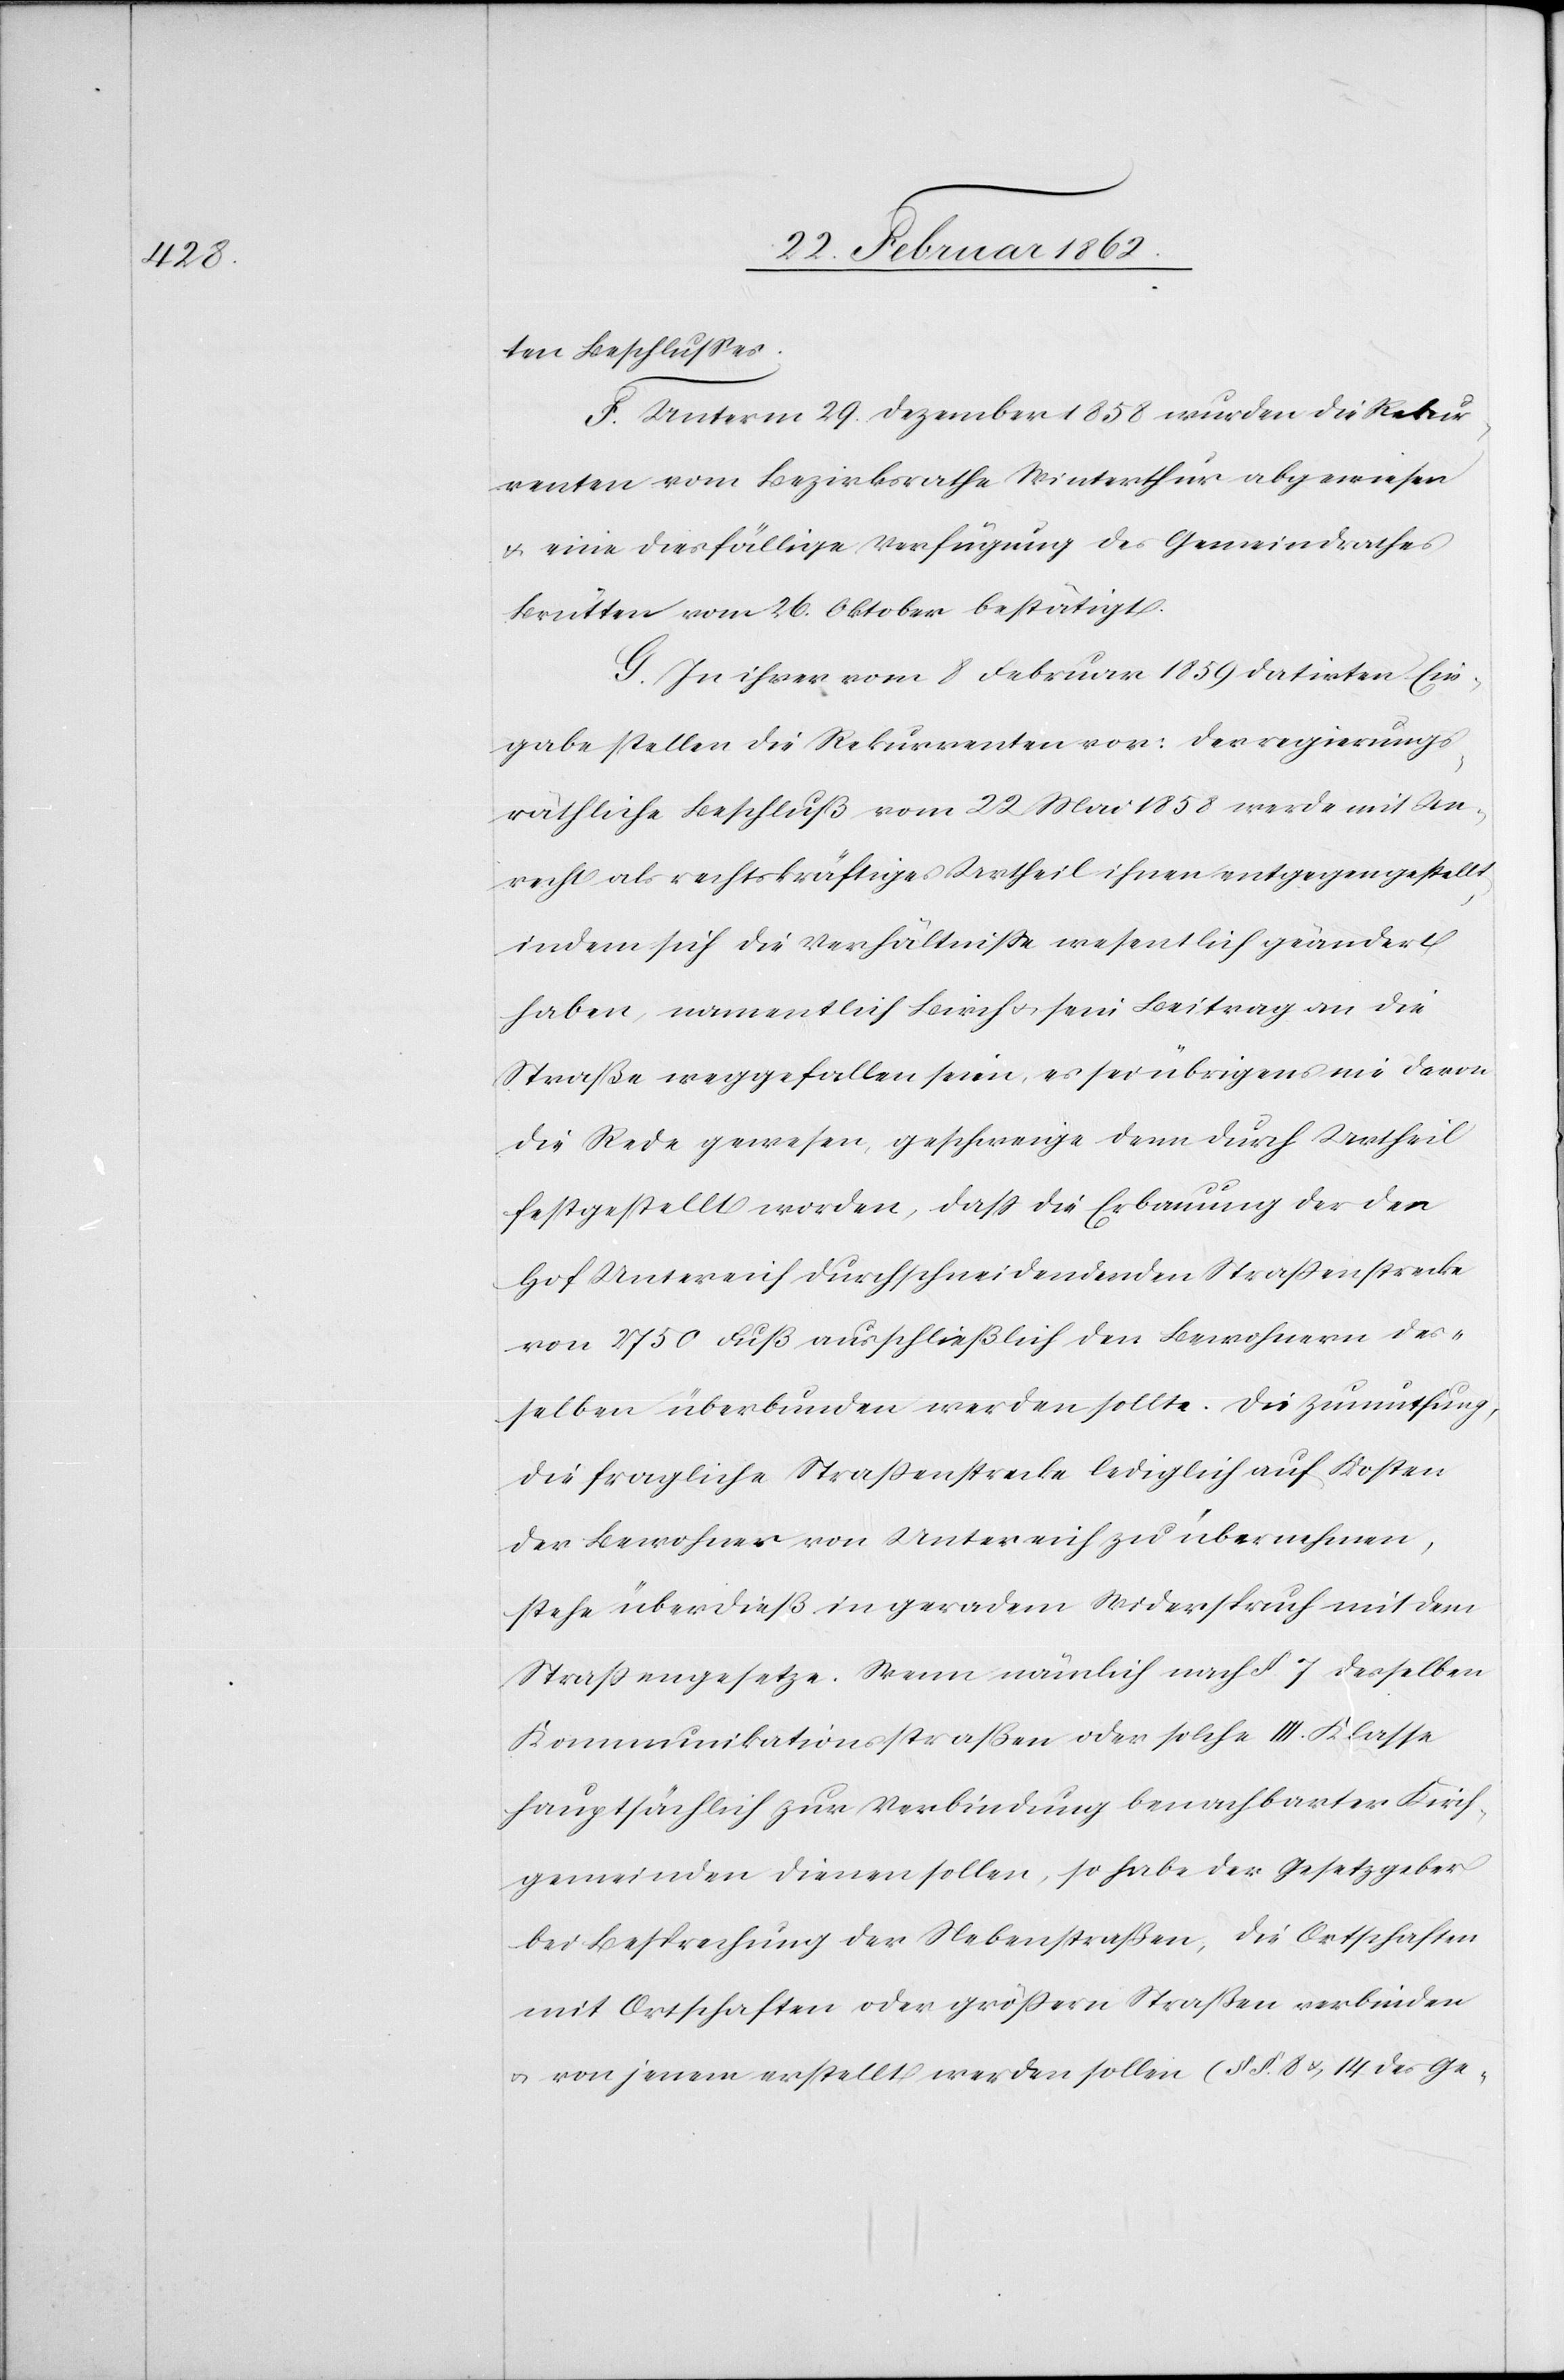
ten Beschlusses.
F. Unterm 29. Dezember 1858 wurden die Rekur¬
renten vom Bezirksrathe Winterthur abgewiesen
u. eine diesfällige Verfügung des Gemeindrathes
Brütten vom 26. Oktober bestätigt.
G. In ihrer vom 8 Februar 1859 datirten Ein¬
gabe stellen die Rekurrenten vor: Der regierungs¬
räthliche Beschluß vom 22 Mai 1858 werde mit Un¬
recht als rechtskräftiges Urtheil ihnen entgegengestellt,
indem sich die Verhältnisse wesentlich geändert
haben, namentlich Birch u. sein Beitrag an die
Straße weggefallen seien, es sei übrigens nie davon
die Rede gewesen, geschweige denn durch Urtheil
festgestellt worden, daß die Erbauung der den
Hof Untereich durchschneidenden Straßenstrecke
von 2750 Fuß ausschließlich den Bewohnern des¬
selben überbunden werden sollte. Die Zumuthung,
die fragliche Straßenstrecke lediglich auf Kosten
der Bewohner von Untereich zu übernehmen,
stehe überdieß in geradem Widerspruch mit dem
Straßengesetze. Wenn nämlich nach §. 7 desselben
Kommunikationsstraßen oder solche III. Klasse
hauptsächlich zur Verbindung benachbarter Kirch¬
gemeinden dienen sollen, so habe der Gesetzgeber
bei Besprechung der Nebenstraßen, die Ortschaften
mit Ortschaften oder größern Straßen verbinden
u. von jenen erstellt werden sollen (§ §. 8 u. 14 des Ge-